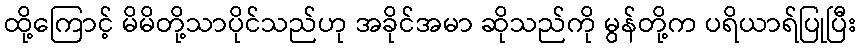
ထို့ကြောင့် မိမိတို့သာပိုင်သည်ဟု အခိုင်အမာ ဆိုသည်ကို မွန်တို့က ပရိယာရ်ပြုပြီး